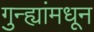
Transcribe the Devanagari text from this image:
गुन्ह्यांमधून